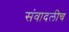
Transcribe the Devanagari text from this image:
संवादलीच